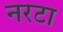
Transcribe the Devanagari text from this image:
नरटा